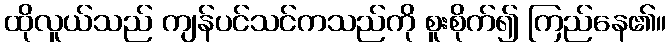
ထိုလူယ်သည် ကျန်ပင်သင်ကသည်ကို စူးစိုက်၍ ကြည်နေ၏။